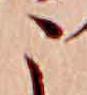
こ